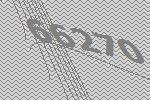
66270